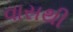
વાસથી